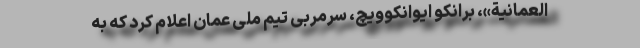
العمانیة»، برانکو ایوانکوویچ، سرمربی تیم ملی عمان اعلام کرد که به